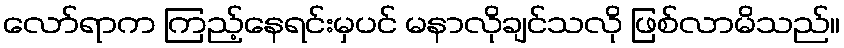
လော်ရာက ကြည့်နေရင်းမှပင် မနာလိုချင်သလို ဖြစ်လာမိသည်။